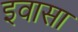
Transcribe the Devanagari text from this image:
इवासा